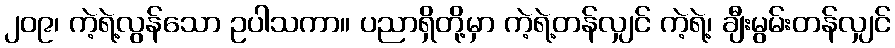
၂၀၉၊ ကဲ့ရဲ့လွန်သော ဥပါသကာ။ ပညာရှိတို့မှာ ကဲ့ရဲ့တန်လျှင် ကဲ့ရဲ့၊ ချီးမွမ်းတန်လျှင်